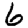
Digit: 6